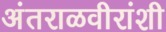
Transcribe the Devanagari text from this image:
अंतराळवीरांशी